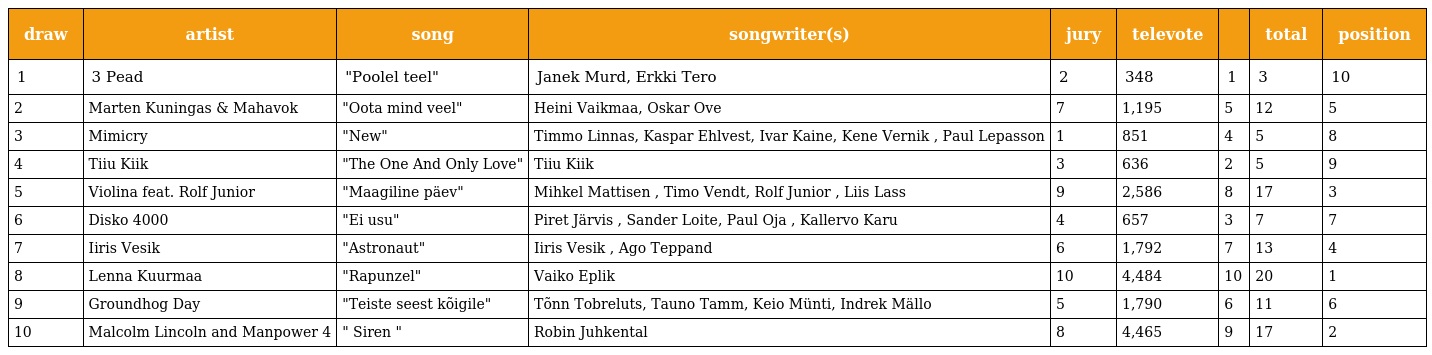
| draw | artist | song | songwriter(s) | jury | televote |  | total | position |
 | --- | --- | --- | --- | --- | --- | --- | --- | --- |
 | 1 | 3 Pead | "Poolel teel" | Janek Murd, Erkki Tero | 2 | 348 | 1 | 3 | 10 |
 | 2 | Marten Kuningas & Mahavok | "Oota mind veel" | Heini Vaikmaa, Oskar Ove | 7 | 1,195 | 5 | 12 | 5 |
 | 3 | Mimicry | "New" | Timmo Linnas, Kaspar Ehlvest, Ivar Kaine, Kene Vernik , Paul Lepasson | 1 | 851 | 4 | 5 | 8 |
 | 4 | Tiiu Kiik | "The One And Only Love" | Tiiu Kiik | 3 | 636 | 2 | 5 | 9 |
 | 5 | Violina feat. Rolf Junior | "Maagiline päev" | Mihkel Mattisen , Timo Vendt, Rolf Junior , Liis Lass | 9 | 2,586 | 8 | 17 | 3 |
 | 6 | Disko 4000 | "Ei usu" | Piret Järvis , Sander Loite, Paul Oja , Kallervo Karu | 4 | 657 | 3 | 7 | 7 |
 | 7 | Iiris Vesik | "Astronaut" | Iiris Vesik , Ago Teppand | 6 | 1,792 | 7 | 13 | 4 |
 | 8 | Lenna Kuurmaa | "Rapunzel" | Vaiko Eplik | 10 | 4,484 | 10 | 20 | 1 |
 | 9 | Groundhog Day | "Teiste seest kõigile" | Tõnn Tobreluts, Tauno Tamm, Keio Münti, Indrek Mällo | 5 | 1,790 | 6 | 11 | 6 |
 | 10 | Malcolm Lincoln and Manpower 4 | " Siren " | Robin Juhkental | 8 | 4,465 | 9 | 17 | 2 |